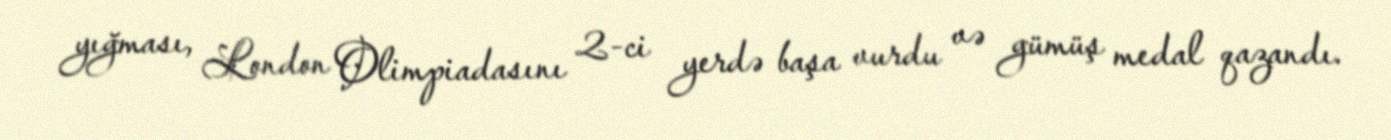
yığması, London Olimpiadasını 2-ci yerdə başa vurdu və gümüş medal qazandı.